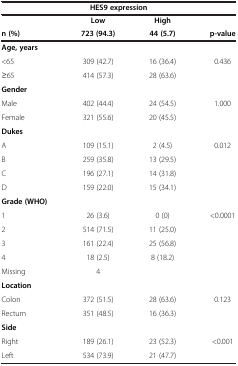
<table><thead><tr><td colspan="4"><b>HES9 expression</b></td></tr><tr><td><b> </b></td><td><b>Low</b></td><td><b>High</b></td><td><b> </b></td></tr><tr><td><b>n (%)</b></td><td><b>723 (94.3)</b></td><td><b>44 (5.7)</b></td><td><b>p-value</b></td></tr></thead><tbody><tr><td><b>Age, years</b></td><td> </td><td> </td><td> </td></tr><tr><td>&lt;65</td><td>309 (42.7)</td><td>16 (36.4)</td><td>0.436</td></tr><tr><td>≥65</td><td>414 (57.3)</td><td>28 (63.6)</td><td> </td></tr><tr><td><b>Gender</b></td><td> </td><td> </td><td> </td></tr><tr><td>Male</td><td>402 (44.4)</td><td>24 (54.5)</td><td>1.000</td></tr><tr><td>Female</td><td>321 (55.6)</td><td>20 (45.5)</td><td> </td></tr><tr><td><b>Dukes</b></td><td> </td><td> </td><td> </td></tr><tr><td>A</td><td>109 (15.1)</td><td>2 (4.5)</td><td>0.012</td></tr><tr><td>B</td><td>259 (35.8)</td><td>13 (29.5)</td><td> </td></tr><tr><td>C</td><td>196 (27.1)</td><td>14 (31.8)</td><td> </td></tr><tr><td>D</td><td>159 (22.0)</td><td>15 (34.1)</td><td> </td></tr><tr><td><b>Grade (WHO)</b></td><td> </td><td> </td><td> </td></tr><tr><td>1</td><td>26 (3.6)</td><td>0 (0)</td><td>&lt;0.0001</td></tr><tr><td>2</td><td>514 (71.5)</td><td>11 (25.0)</td><td> </td></tr><tr><td>3</td><td>161 (22.4)</td><td>25 (56.8)</td><td> </td></tr><tr><td>4</td><td>18 (2.5)</td><td>8 (18.2)</td><td> </td></tr><tr><td>Missing</td><td>4</td><td> </td><td> </td></tr><tr><td><b>Location</b></td><td> </td><td> </td><td> </td></tr><tr><td>Colon</td><td>372 (51.5)</td><td>28 (63.6)</td><td>0.123</td></tr><tr><td>Rectum</td><td>351 (48.5)</td><td>16 (36.3)</td><td> </td></tr><tr><td><b>Side</b></td><td> </td><td> </td><td> </td></tr><tr><td>Right</td><td>189 (26.1)</td><td>23 (52.3)</td><td>&lt;0.001</td></tr><tr><td>Left</td><td>534 (73.9)</td><td>21 (47.7)</td><td> </td></tr></tbody></table>